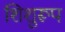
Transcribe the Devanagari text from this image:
शिशुरूप